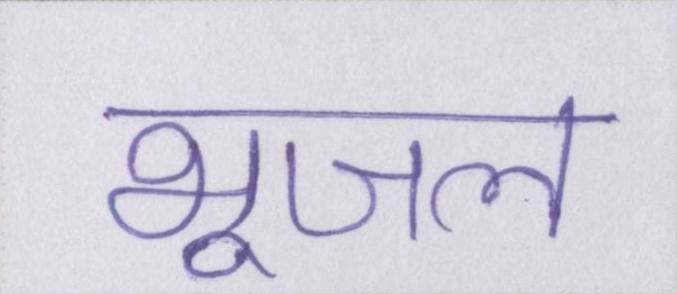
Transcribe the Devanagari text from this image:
भूजल